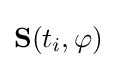
\mathbf {S} (t_{i},\varphi )